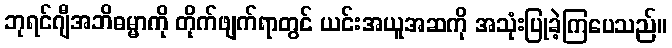
ဘုရင်ဂျီအဘိဓမ္မာကို တိုက်ဖျက်ရာတွင် ယင်းအယူအဆကို အသုံးပြုခဲ့ကြပေသည်။